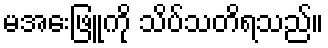
မအေးဖြူကို သိပ်သတိရသည်။